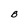
Character: B